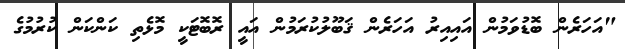
"އަހަރެން ބޮޑުވަމުން އައިއިރު އަހަރެން ޤަބޫލުކުރަމުން އައީ ރޮބޮޓަކީ މޮޅެތި ކަންކަން ކުރުމުގެ